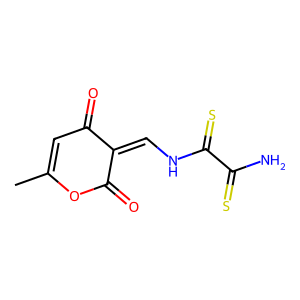
SMILES: CC1=CC(=O)C(=CNC(=S)C(N)=S)C(=O)O1
Inhibits HIV replication: No